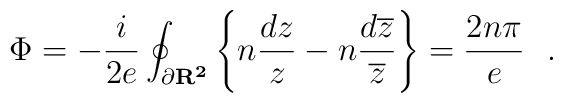
\Phi=-\frac{i}{2e}\oint_{\partial \bf R^{2}\mit}\left\{ n \frac{dz}{z}- n\frac{d\overline{z}}{\overline{z}}\right\}=\frac{2n\pi}{e}~~.